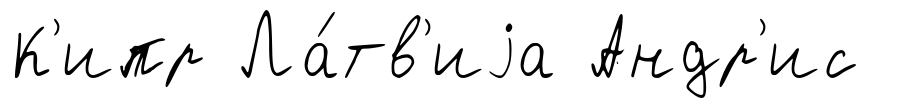
К'ипр Ла́тв'иjа Андр'ис